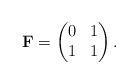
LaTeX: \begin{align*}\mathbf{F} = \begin{pmatrix} 0 & 1 \\ 1 & 1 \\\end{pmatrix}.\end{align*}